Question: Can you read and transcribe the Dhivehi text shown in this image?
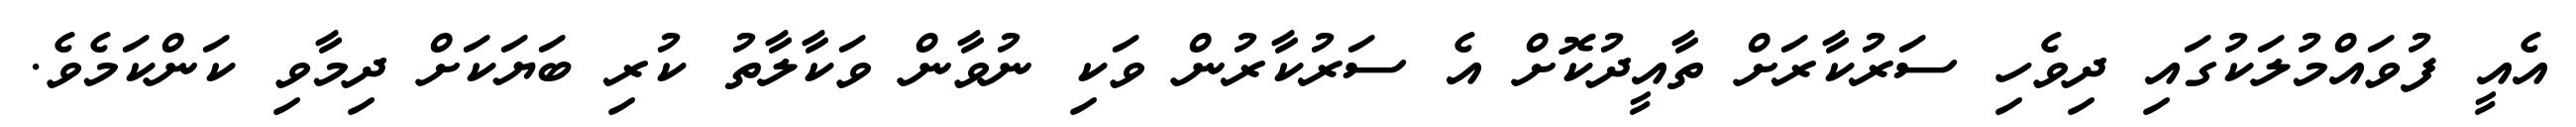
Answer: އެއީ ފުވައްމުލަކުގައި ދިވެހި ސަރުކާރަށް ތާއީދުކޮށް އެ ސަރުކާރުން ވަކި ނުވާން ވަކާލާތު ކުރި ބަޔަކަށް ދިމާވި ކަންކަމެވެ.